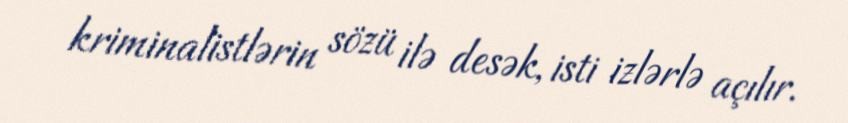
kriminalistlərin sözü ilə desək, isti izlərlə açılır.